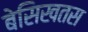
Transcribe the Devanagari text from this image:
बेसिखतस